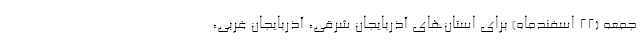
جمعه (۲۲ اسفندماه) برای استان‌های آذربایجان شرقی، آذربایجان غربی،